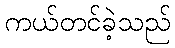
ကယ်တင်ခဲ့သည်